Problem: 50 + 19 = ?
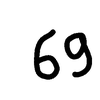
Handwritten answer: 69